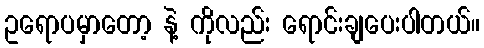
ဥရောပမှာတော့ နဲ့ ကိုလည်း ရောင်းချပေးပါတယ်။